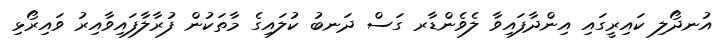
އުނދޯލި ކައިރީގައި އިންދާފައިވާ ލެވެންޑާރ ގަސް ދަނބު ކުލައިގެ މާތަކުން ފުރާލާފައިވާއިރު ވައިރޯޅި